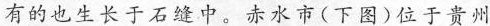
有的也生长于石缝中。赤水市(下图)位于贵州